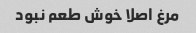
مرغ اصلا خوش طعم نبود